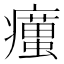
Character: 𤻹